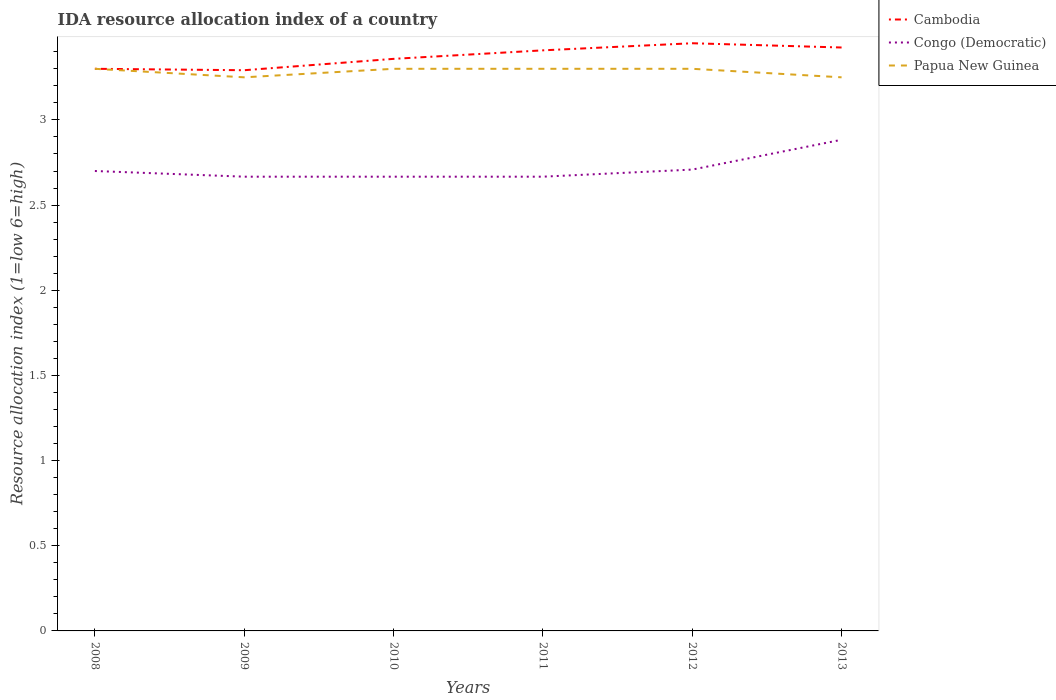
| Years | Cambodia | Congo (Democratic) | Papua New Guinea |
 | --- | --- | --- | --- |
 | 2008 | 3.3 | 2.7 | 3.3 |
 | 2009 | 3.29 | 2.67 | 3.25 |
 | 2010 | 3.36 | 2.67 | 3.3 |
 | 2011 | 3.41 | 2.67 | 3.3 |
 | 2012 | 3.45 | 2.71 | 3.3 |
 | 2013 | 3.42 | 2.88 | 3.25 |